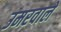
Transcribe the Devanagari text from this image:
उमरवाले